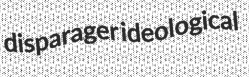
disparager ideological